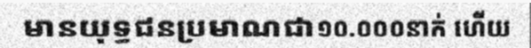
មានយុទ្ធជនប្រមាណជា១០.០០០នាក់ ហើយ